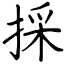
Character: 採